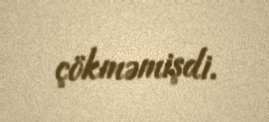
çökməmişdi.